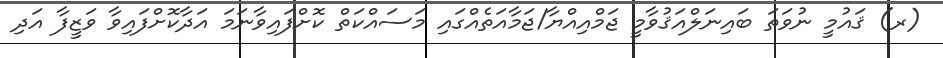
(ރ) ޤައުމީ ނުވަތަ ބައިނަލްއަޤުވާމީ ޖަމްއިއްޔާ/ޖަމާއަތެއްގައި މަސައްކަތް ކޮށްފައިވާނަމަ އަދާކޮށްފައިވާ ވަޒީފާ އަދި